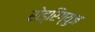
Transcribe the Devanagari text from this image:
रोड्रिग्युज